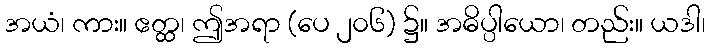
အယံ၊ ကား။ ဧတ္ထ၊ ဤအရာ (ပေ ၂၀၆) ၌။ အဓိပ္ပါယော၊ တည်း။ ယဒါ၊